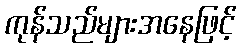
ကုန်သည်များအနေဖြင့်